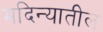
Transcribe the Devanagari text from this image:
मदिन्यातील